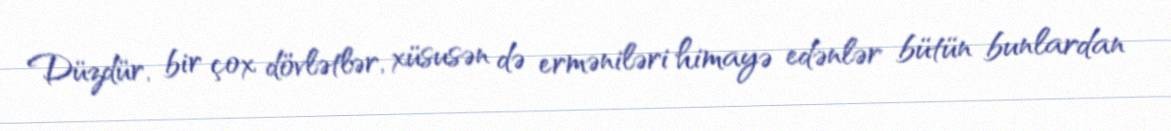
Düzdür, bir çox dövlətlər, xüsusən də erməniləri himayə edənlər bütün bunlardan